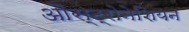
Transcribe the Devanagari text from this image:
औस्ट्रोनेशियन